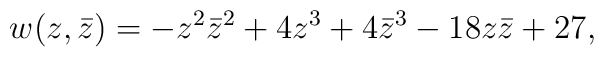
w(z,\bar z)=-z^2\bar z^2+4z^3+4\bar z^3-18z\bar z+27,